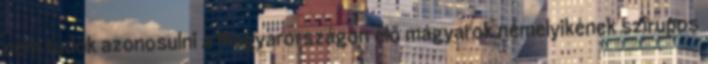
nem tudok azonosulni a Magyarországon élő magyarok némelyikének szirupos